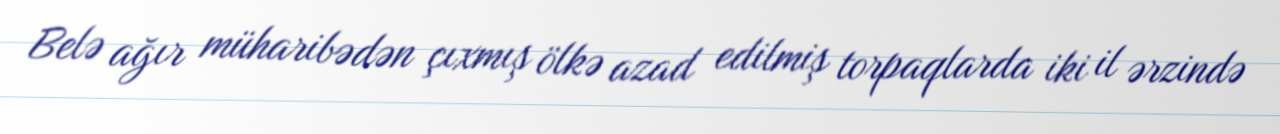
Belə ağır müharibədən çıxmış ölkə azad edilmiş torpaqlarda iki il ərzində